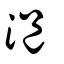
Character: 浥